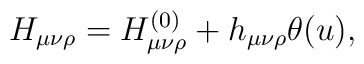
H_{\mu\nu\rho}=H^{(0)}_{\mu\nu\rho}+h_{\mu\nu\rho}\theta(u),